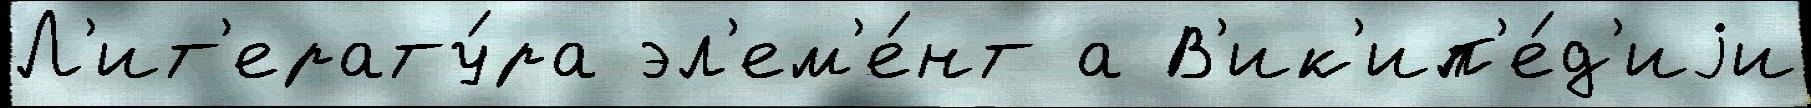
Л'ит'ерату́ра эл'ем'е́нт а В'ик'ип'е́д'иjи